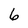
Character: 6